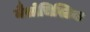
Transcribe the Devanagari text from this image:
मैसोचिस्टिक